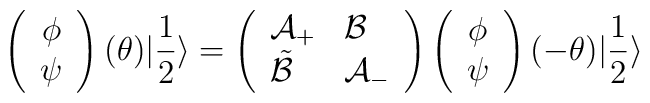
\left( \begin{array}{c}\phi \\\psi \end{array}\right) (\theta )|\frac{1}{2}\rangle =\left( \begin{array}{ll}\mathcal{A}_{+} & \mathcal{B}\\\tilde{\mathcal{B}} & \mathcal{A}_{-}\end{array}\right) \left( \begin{array}{c}\phi \\\psi \end{array}\right) (-\theta )|\frac{1}{2}\rangle